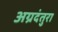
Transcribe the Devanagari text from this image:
अग्रदंतुरा